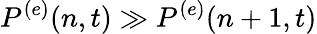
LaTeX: P^{(e)}(n,t)\gg P^{(e)}(n+1,t)